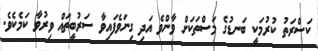
ކަސްރަތު ކުރުމަކީ ބަނޑުގެ މަސްތަކަށް ވާންވެ އަދި ގިނަވެފައިވާ ސަރުބީތައް ވިރުވާ ކަމެކެވެ.